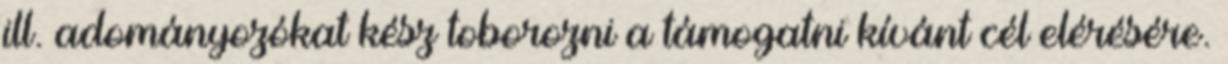
ill. adományozókat kész toborozni a támogatni kívánt cél elérésére.